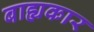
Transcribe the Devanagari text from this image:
बाह्यकार